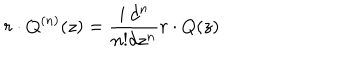
LaTeX: r \cdot Q ^ { ( n ) } ( z ) = \frac { i \: d ^ { n } } { n ! d z ^ { n } } r \cdot Q ( z )